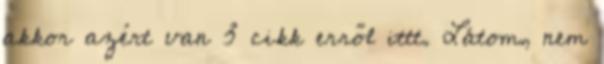
akkor azért van 3 cikk erről ittt. Látom, nem